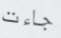
جاءت